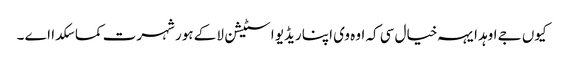
کیوں جے اوہد ایہہ خیال سی کہ اوہ وی اپنا ریڈیو اسٹیشن لا کے ہور شہرت کما سکدا اے ۔